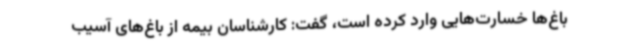
باغ‌ها خسارت‌هایی وارد کرده است، گفت: کارشناسان بیمه از باغ‌های آسیب